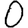
Digit: 0